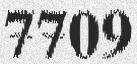
7709